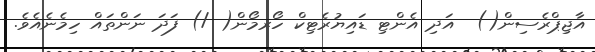
އާޖިޕްރެސިން()  އަދި އެންޓި ޑައިޔުރެޓިކް ހޯރމޯން( /) ފަދަ ނަންތައް ހިމެނެއެވެ.